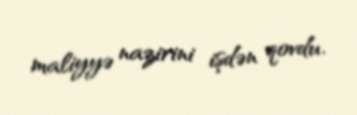
maliyyə nazirini işdən qovdu.